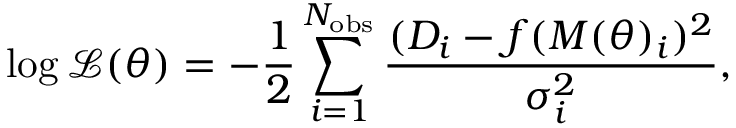
\log \mathcal { L } ( \theta ) = - \frac { 1 } { 2 } \sum _ { i = 1 } ^ { N _ { \mathrm { o b s } } } \frac { ( D _ { i } - f ( M ( \theta ) _ { i } ) ^ { 2 } } { \sigma _ { i } ^ { 2 } } ,